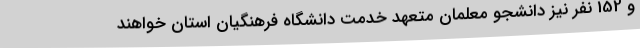
و 152 نفر نیز دانشجو معلمان متعهد خدمت دانشگاه فرهنگیان استان خواهند